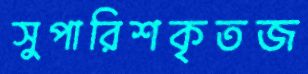
সুপারিশকৃতজ